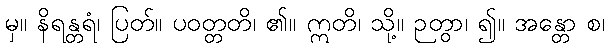
မှ။ နိရန္တရံ၊ ပြတ်။ ပဝတ္တတိ၊ ၏။ ဣတိ၊ သို့။ ဉတွာ၊ ၍။ အန္တော စ၊